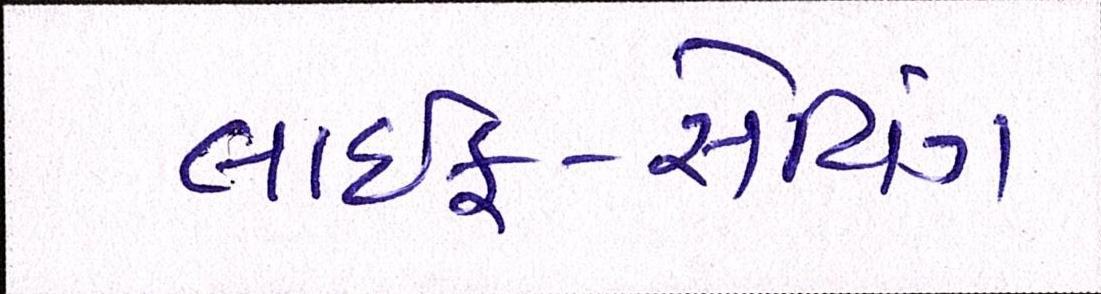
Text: લાઇફ-સેવિંગ